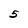
Character: 5